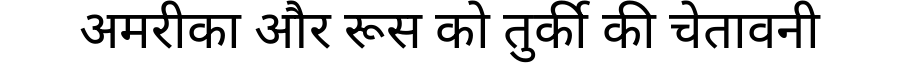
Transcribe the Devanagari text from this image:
अमरीका और रूस को तुर्की की चेतावनी